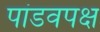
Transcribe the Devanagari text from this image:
पांडवपक्ष